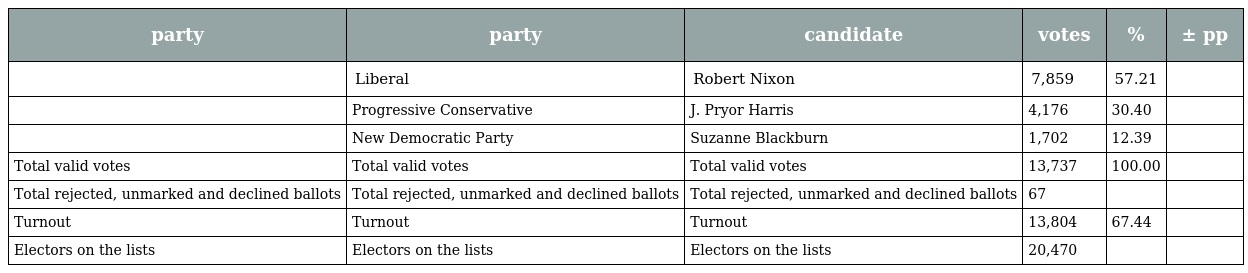
| party | party | candidate | votes | % | ± pp |
 | --- | --- | --- | --- | --- | --- |
 |  | Liberal | Robert Nixon | 7,859 | 57.21 |  |
 |  | Progressive Conservative | J. Pryor Harris | 4,176 | 30.40 |  |
 |  | New Democratic Party | Suzanne Blackburn | 1,702 | 12.39 |  |
 | Total valid votes | Total valid votes | Total valid votes | 13,737 | 100.00 |  |
 | Total rejected, unmarked and declined ballots | Total rejected, unmarked and declined ballots | Total rejected, unmarked and declined ballots | 67 |  |  |
 | Turnout | Turnout | Turnout | 13,804 | 67.44 |  |
 | Electors on the lists | Electors on the lists | Electors on the lists | 20,470 |  |  |